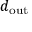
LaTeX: d _ { \mathrm { o u t } }